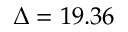
\Delta = 1 9 . 3 6